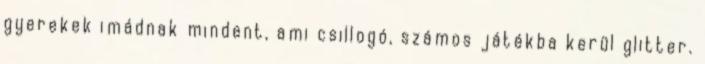
gyerekek imádnak mindent, ami csillogó, számos játékba kerül glitter.